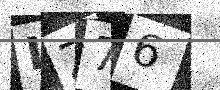
Text: LZ76